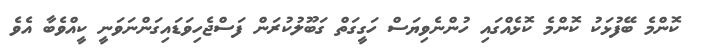
ކޮންމެ ބޭފުޅަކު ކޮންމެ ކޮޅެއްގައި ހުންނެވިޔަސް ހަގީގަތް ގަބޫލުކުރަން ފަސްޖެހިވަޑައިގަންނަވަނީ ކީއްވެބާ އެވެ